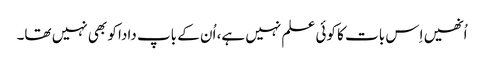
اُنھیں اِس بات کا کوئی علم نہیں ہے، اُن کے باپ دادا کو بھی نہیں تھا۔